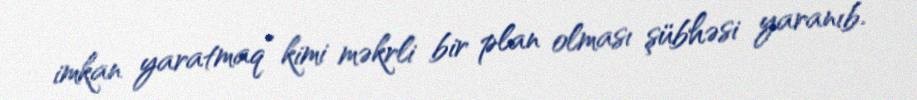
imkan yaratmaq” kimi məkrli bir plan olması şübhəsi yaranıb.